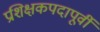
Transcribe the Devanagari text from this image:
प्रशिक्षकपदापूर्वी